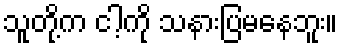
သူတို့က ငါ့ကို သနားပြမနေဘူး။